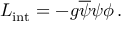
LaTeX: { \cal L } _ { \mathrm { i n t } } = - g \overline { { { \psi } } } \psi \phi \, .